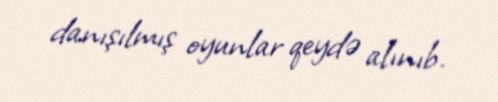
danışılmış oyunlar qeydə alınıb.